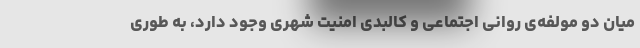
میان دو مولفه‌ی روانی اجتماعی و کالبدی امنیت شهری وجود دارد، به طوری